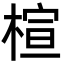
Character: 楦